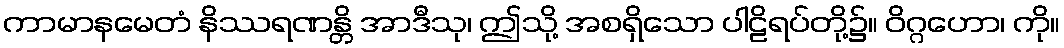
ကာမာနမေတံ နိဿရဏန္တိ အာဒီသု၊ ဤသို့ အစရှိသော ပါဠိရပ်တို့၌။ ဝိဂ္ဂဟော၊ ကို။